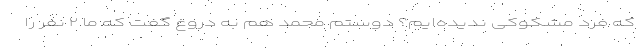
که فرد مشکوکی ندیده‌ایم؟ دوستم محمد هم به دروغ گفت که ما ۲ نفر را